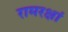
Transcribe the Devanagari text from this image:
रामरक्षां